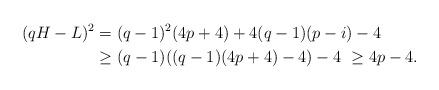
LaTeX: \begin{align*}(qH-L)^2&=(q-1)^2(4p+4)+4(q-1)(p-i)-4 \\& \geq (q-1)((q-1)(4p+4)-4)-4\ \geq 4p-4.\end{align*}